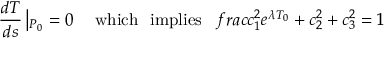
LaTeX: \frac { d T } { d s } \left| _ { P _ { 0 } } = 0 \right. \ \ \ \mathrm { w h i c h \ \ i m p l i e s } \ \ \, f r a c { c _ { 1 } ^ { 2 } } { e ^ { \lambda T _ { 0 } } } + c _ { 2 } ^ { 2 } + c _ { 3 } ^ { 2 } = 1